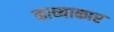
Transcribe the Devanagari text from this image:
काव्याकार